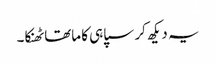
یہ دیکھ کر سپاہی کا ماتھا ٹھنکا۔